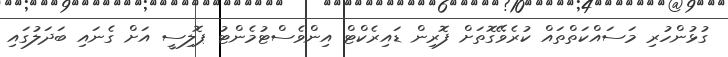
ގުޅުންހުރި މަސައްކަތްތައް ކުރެވޭގޮތަށް ފޮރިން ޑައިރެކްޓް އިންވެސްޓުމެންޓު ޕޮލިސީ އަށް ގެނައި ބަދަލުގައި